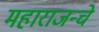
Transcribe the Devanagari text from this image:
महाराजन्चे